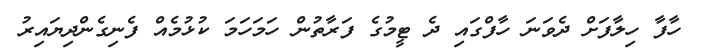
ހާފާ ހިލާފަށް ދެވަނަ ހާފްގައި ދެ ޓީމުގެ ފަރާތުން ހަމަހަމަ ކުޅުމެއް ފެނިގެންދިޔައިރު